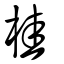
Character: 桂